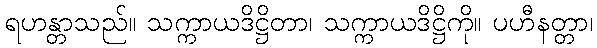
ရဟန္တာသည်။ သက္ကာယဒိဋ္ဌိတာ၊ သက္ကာယဒိဋ္ဌိကို။ ပဟီနတ္တာ၊